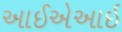
આઈએઆઈ